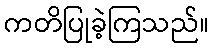
ကတိပြုခဲ့ကြသည်။